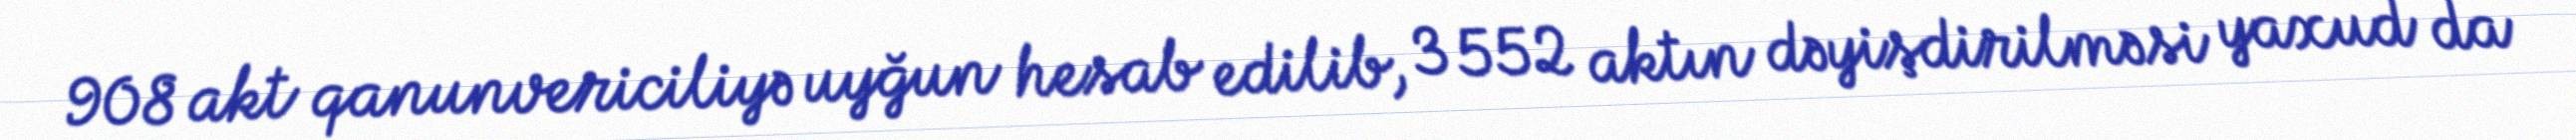
908 akt qanunvericiliyə uyğun hesab edilib, 3 552 aktın dəyişdirilməsi yaxud da